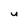
Character: U